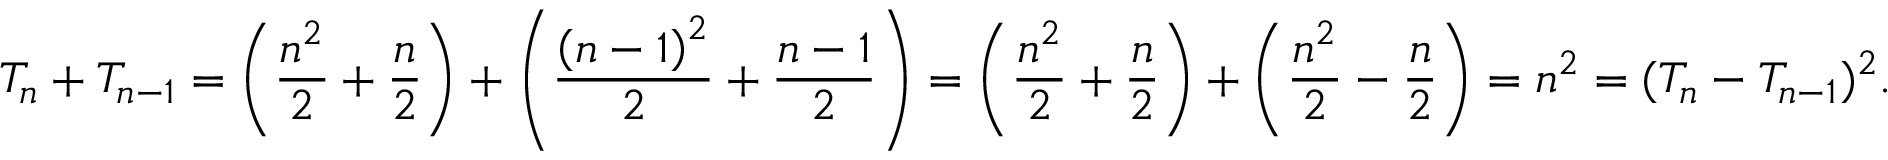
T _ { n } + T _ { n - 1 } = \left( { \frac { n ^ { 2 } } { 2 } } + { \frac { n } { 2 } } \right) + \left( { \frac { \left( n - 1 \right) ^ { 2 } } { 2 } } + { \frac { n - 1 } { 2 } } \right) = \left( { \frac { n ^ { 2 } } { 2 } } + { \frac { n } { 2 } } \right) + \left( { \frac { n ^ { 2 } } { 2 } } - { \frac { n } { 2 } } \right) = n ^ { 2 } = ( T _ { n } - T _ { n - 1 } ) ^ { 2 } .